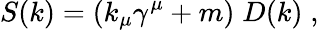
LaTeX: S(k)=(k_{\mu}\gamma^{\mu}+m)\; D(k)\; ,